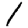
Digit: 1